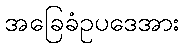
အခြေခံဥပဒေအား